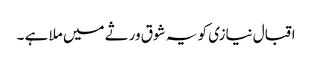
اقبال نیازی کو یہ شوق ورثے میں ملا ہے ۔